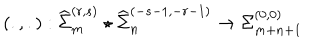
\left( . , . \right) : { \widehat \Sigma } _ { m } ^ { ( r , s ) } \star { \widehat \Sigma } _ { n } ^ { ( - s - 1 , - r - 1 ) } \rightarrow { \Sigma } _ { m + n + 1 } ^ { ( 0 , 0 ) }